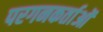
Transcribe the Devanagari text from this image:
परगनकर्ताओं